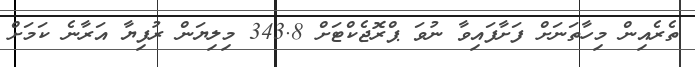
ތެރެއިން މިހާތަނަށް ފަށާފައިވާ ނުވަ ޕްރޮޖެކްޓަށް 343.8 މިލިޔަން ރުފިޔާ އަރާނެ ކަމަށް